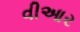
વીઆર